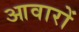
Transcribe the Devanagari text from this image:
आवारों